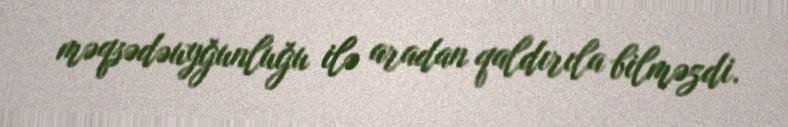
məqsədəuyğunluğu ilə aradan qaldırıla bilməzdi.